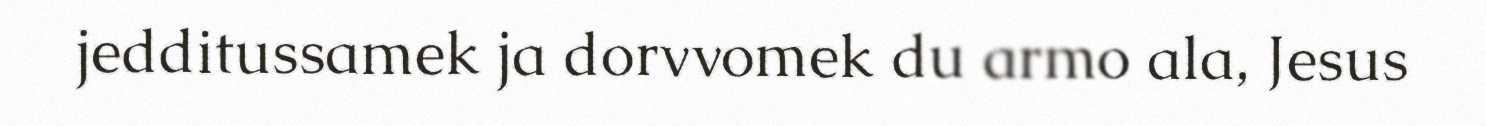
jedditussamek ja dorvvomek du armo ala, Jesus